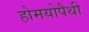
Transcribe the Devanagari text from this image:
होमयोपैथी